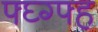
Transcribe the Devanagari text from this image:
फ्घ्ग्फ्ह